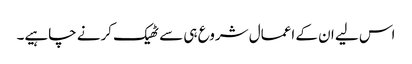
اس لیے ان کے اعمال شروع ہی سے ٹھیک کرنے چاہیے۔